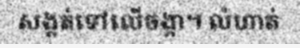
សង្កត់ទៅលើចង្កា។ លំហាត់